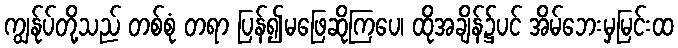
ကျွန်ုပ်တို့သည် တစ်စုံ တရာ ပြန်၍မဖြေဆိုကြပေ၊ ထိုအချိန်၌ပင် အိမ်ဘေးမှမြင်းထ